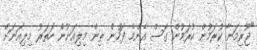
"ޖޫރިމަނާ ކުރަމުން ކުރަމުން ގޮސް އެންމެ ފަހުން ތިން މިލިއަނުން ހަތަރު މިލިއަނަށް